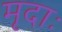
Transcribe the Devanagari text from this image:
मृदाः